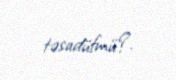
təsadüfmü?.